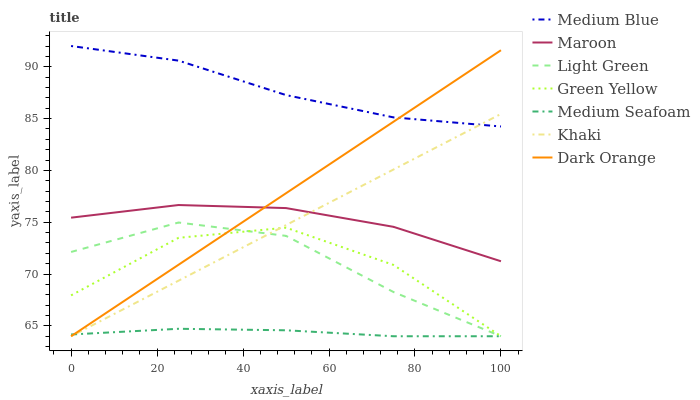
| xaxis_label | Medium Blue | Maroon | Light Green | Green Yellow | Medium Seafoam | Khaki | Dark Orange |
 | --- | --- | --- | --- | --- | --- | --- | --- |
 | 0 | 92 | 75.4 | 72.1 | 67.9 | 64.2 | 64 | 64 |
 | 25 | 90.6 | 76.7 | 75 | 73.5 | 64.7 | 69.4 | 70.9 |
 | 50 | 87.3 | 76.4 | 73.7 | 74.5 | 64.6 | 74.7 | 77.8 |
 | 75 | 85.1 | 74.6 | 68.3 | 70.9 | 64 | 80.1 | 84.7 |
 | 100 | 84.2 | 71.2 | 64 | 64 | 64 | 85.4 | 91.6 |